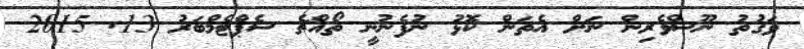
ވަގުތު ނޫސްވެރިން ނަށް އެތަން ކޮޅު ނުފެނުނީ ތޯއްޗެ ސެޕްޓެމްބަރު 13